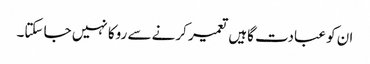
ان کو عبادت گاہیں تعمیر کرنے سے روکا نہیں جا سکتا۔